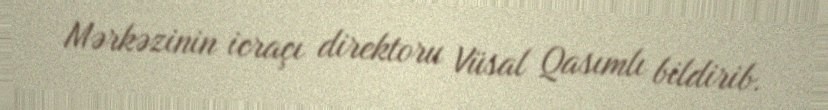
Mərkəzinin icraçı direktoru Vüsal Qasımlı bildirib.